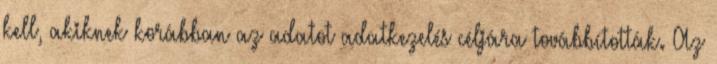
kell, akiknek korábban az adatot adatkezelés céljára továbbították. Az